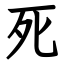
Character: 死